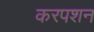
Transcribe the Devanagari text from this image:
करपशन